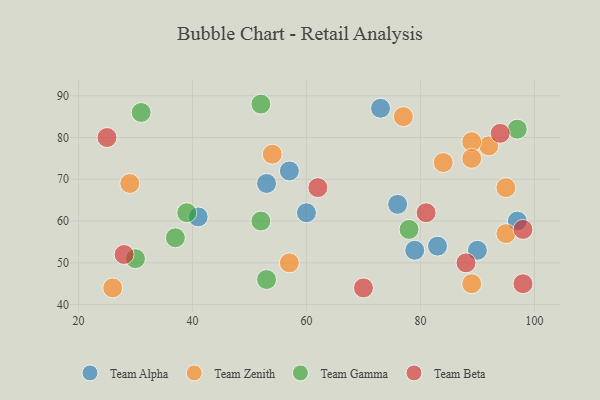
{"axis": {"x": "GDP", "y": "Life Expectancy"}, "legend": ["Team Alpha", "Team Beta", "Team Gamma", "Team Zenith"], "data": [{"x": "90", "y": 53, "type": "Team Alpha"}, {"x": "83", "y": 54, "type": "Team Alpha"}, {"x": "79", "y": 53, "type": "Team Alpha"}, {"x": "73", "y": 87, "type": "Team Alpha"}, {"x": "60", "y": 62, "type": "Team Alpha"}, {"x": "41", "y": 61, "type": "Team Alpha"}, {"x": "97", "y": 60, "type": "Team Alpha"}, {"x": "53", "y": 69, "type": "Team Alpha"}, {"x": "57", "y": 72, "type": "Team Alpha"}, {"x": "76", "y": 64, "type": "Team Alpha"}, {"x": "95", "y": 57, "type": "Team Zenith"}, {"x": "84", "y": 74, "type": "Team Zenith"}, {"x": "54", "y": 76, "type": "Team Zenith"}, {"x": "92", "y": 78, "type": "Team Zenith"}, {"x": "95", "y": 68, "type": "Team Zenith"}, {"x": "26", "y": 44, "type": "Team Zenith"}, {"x": "77", "y": 85, "type": "Team Zenith"}, {"x": "89", "y": 45, "type": "Team Zenith"}, {"x": "29", "y": 69, "type": "Team Zenith"}, {"x": "89", "y": 79, "type": "Team Zenith"}, {"x": "89", "y": 75, "type": "Team Zenith"}, {"x": "57", "y": 50, "type": "Team Zenith"}, {"x": "39", "y": 62, "type": "Team Gamma"}, {"x": "37", "y": 56, "type": "Team Gamma"}, {"x": "31", "y": 86, "type": "Team Gamma"}, {"x": "97", "y": 82, "type": "Team Gamma"}, {"x": "78", "y": 58, "type": "Team Gamma"}, {"x": "30", "y": 51, "type": "Team Gamma"}, {"x": "52", "y": 88, "type": "Team Gamma"}, {"x": "52", "y": 60, "type": "Team Gamma"}, {"x": "53", "y": 46, "type": "Team Gamma"}, {"x": "28", "y": 52, "type": "Team Beta"}, {"x": "98", "y": 58, "type": "Team Beta"}, {"x": "62", "y": 68, "type": "Team Beta"}, {"x": "88", "y": 50, "type": "Team Beta"}, {"x": "98", "y": 45, "type": "Team Beta"}, {"x": "81", "y": 62, "type": "Team Beta"}, {"x": "70", "y": 44, "type": "Team Beta"}, {"x": "94", "y": 81, "type": "Team Beta"}, {"x": "25", "y": 80, "type": "Team Beta"}]}